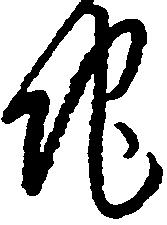
地